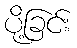
ပို့ခြင်း